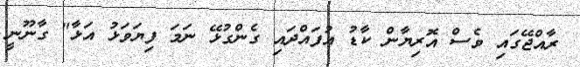
ރާއްޖޭގައި ވެސް އޮރިޔާން ކާޑު އުފައްދައި ގެންގުޅޭ ނަމަ ފިޔަވަޅު އަޅާ" ގާނޫނީ